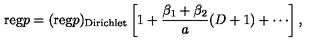
\mathrm { r e g } p = ( \mathrm { r e g } p ) _ { \mathrm { D i r i c h l e t } } \left[ 1 + \frac { \beta _ { 1 } + \beta _ { 2 } } { a } ( D + 1 ) + \cdots \right] ,